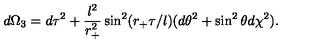
d \Omega _ { 3 } = d \tau ^ { 2 } + \frac { l ^ { 2 } } { r _ { + } ^ { 2 } } \sin ^ { 2 } ( r _ { + } \tau / l ) ( d \theta ^ { 2 } + \sin ^ { 2 } \theta d \chi ^ { 2 } ) .